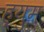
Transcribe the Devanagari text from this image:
ह्युम